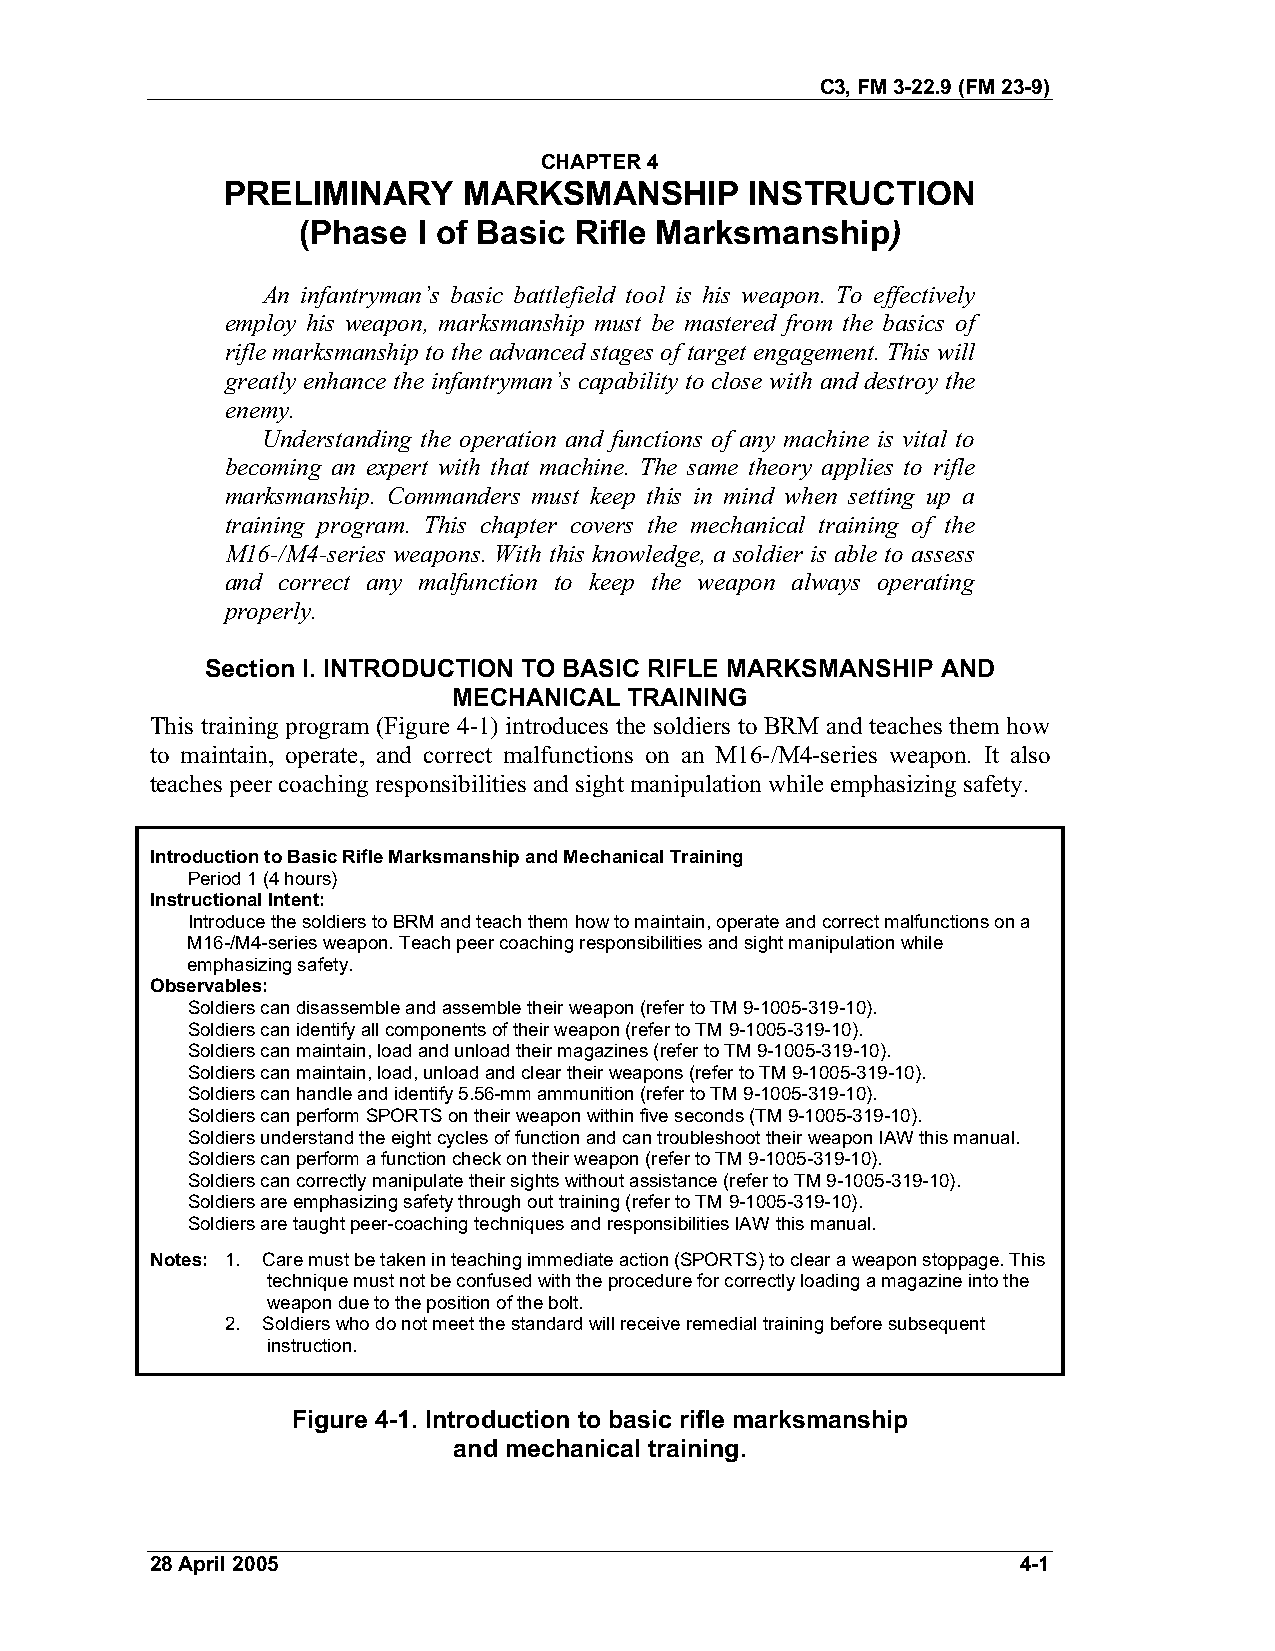
C3, FM 3-22.9 (FM 23-9)
 CHAPTER 4
 PRELIMINARY     MARKSMANSHIP       INSTRUCTION
 )
 (Phase  I of Basic Rifle Marksmanship
 An infantryman’s basic battlefield tool is his weapon. To effectively
 employ his weapon, marksmanship must be mastered from the basics of
 rifle marksmanship to the advanced stages of target engagement. This will
 greatly enhance the infantryman’s capability to close with and destroy the
 enemy.
 Understanding the operation and functions of any machine is vital to
 becoming an expert with that machine. The same theory applies to rifle
 marksmanship. Commanders must keep this in mind when setting up a
 training program. This chapter covers the mechanical training of the
 M16-/M4-series weapons. With this knowledge, a soldier is able to assess
 and correct any malfunction to keep the weapon always operating
 properly.
 Section I. INTRODUCTION TO BASIC RIFLE MARKSMANSHIP AND
 MECHANICAL  TRAINING
 This training program (Figure 4-1) introduces the soldiers to BRM and teaches them how
 to maintain, operate, and correct malfunctions on an M16-/M4-series weapon. It also
 teaches peer coaching responsibilities and sight manipulation while emphasizing safety.
 Introduction to Basic Rifle Marksmanship and Mechanical Training
 Period 1 (4 hours)
 Instructional Intent:
 Introduce the soldiers to BRM and teach them how to maintain, operate and correct malfunctions on a
 M16-/M4-series weapon. Teach peer coaching responsibilities and sight manipulation while
 emphasizing safety.
 Observables:
 Soldiers can disassemble and assemble their weapon (refer to TM 9-1005-319-10).
 Soldiers can identify all components of their weapon (refer to TM 9-1005-319-10).
 Soldiers can maintain, load and unload their magazines (refer to TM 9-1005-319-10).
 Soldiers can maintain, load, unload and clear their weapons (refer to TM 9-1005-319-10).
 Soldiers can handle and identify 5.56-mm ammunition (refer to TM 9-1005-319-10).
 Soldiers can perform SPORTS on their weapon within five seconds (TM 9-1005-319-10).
 Soldiers understand the eight cycles of function and can troubleshoot their weapon IAW this manual.
 Soldiers can perform a function check on their weapon (refer to TM 9-1005-319-10).
 Soldiers can correctly manipulate their sights without assistance (refer to TM 9-1005-319-10).
 Soldiers are emphasizing safety through out training (refer to TM 9-1005-319-10).
 Soldiers are taught peer-coaching techniques and responsibilities IAW this manual.
 Notes: 1. Care must be taken in teaching immediate action (SPORTS) to clear a weapon stoppage. This
 technique must not be confused with the procedure for correctly loading a magazine into the
 weapon due to the position of the bolt.
 2. Soldiers who do not meet the standard will receive remedial training before subsequent
 instruction.
 Figure 4-1. Introduction to basic rifle marksmanship
 and mechanical training.
 28 April 2005                                             4-1